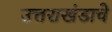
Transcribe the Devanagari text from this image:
उत्तराखंडाचे